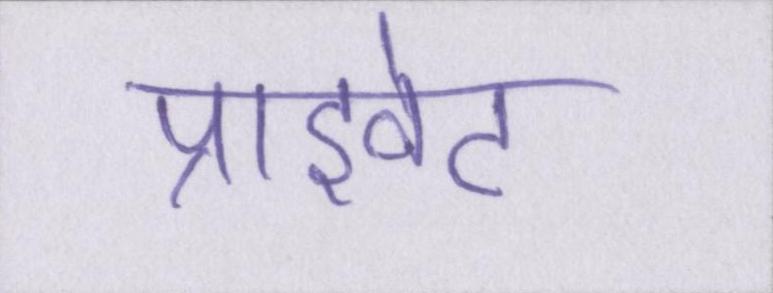
प्राइवेट